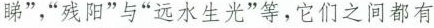
睇”，”残阳”与”远水生光”等，它们之间都有